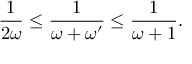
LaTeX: \frac { 1 } { 2 \omega } \leq \frac { 1 } { \omega + \omega ^ { \prime } } \leq \frac { 1 } { \omega + 1 } .